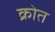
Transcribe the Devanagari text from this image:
क्रोत